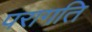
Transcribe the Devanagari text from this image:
परागति